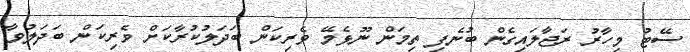
ސޭޓު މިހާރު ރަޖާލައިގެން ބުނެފި ތިމަން ނޫޅެމޭ ވެރިކަން ބަދަލުކުރާކަށް ވެރިކަން ބަދަލުވާ